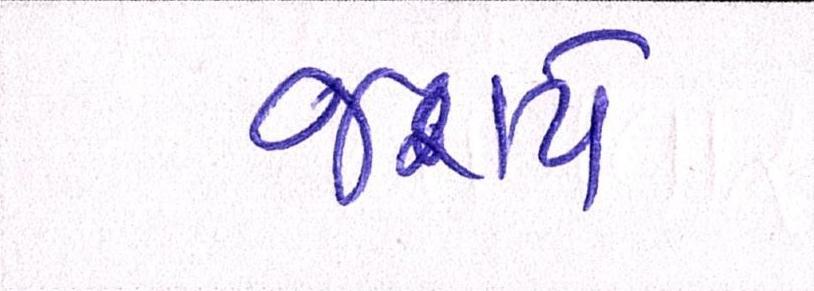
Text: જરાયે